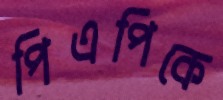
পিএপিকে